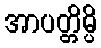
အာပတ္တိမ္ပိ